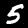
Label: 5